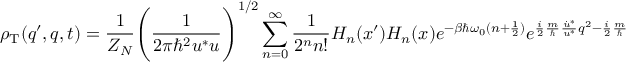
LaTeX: \rho _ { \mathrm { T } } ( q ^ { \prime } , q , t ) = \frac { 1 } { Z _ { N } } \Biggl ( \frac { 1 } { 2 \pi \hbar ^ { 2 } u ^ { * } u } \Biggr ) ^ { 1 / 2 } \sum _ { n = 0 } ^ { \infty } \frac { 1 } { 2 ^ { n } n ! } H _ { n } ( x ^ { \prime } ) H _ { n } ( x ) e ^ { - \beta \hbar \omega _ { 0 } ( n + \frac { 1 } { 2 } ) } e ^ { \frac { i } { 2 } \frac { m } { \hbar } \frac { \dot { u } ^ { * } } { u ^ { * } } q ^ { 2 } - \frac { i } { 2 } \frac { m } { \hbar } \frac { \dot { u } } { u } q ^ { 2 } } .